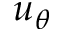
u _ { \theta }